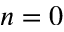
n = 0